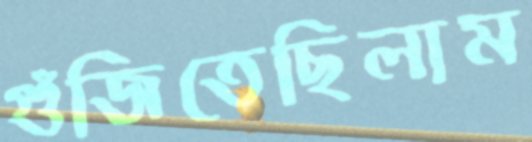
গুঁজিতেছিলাম